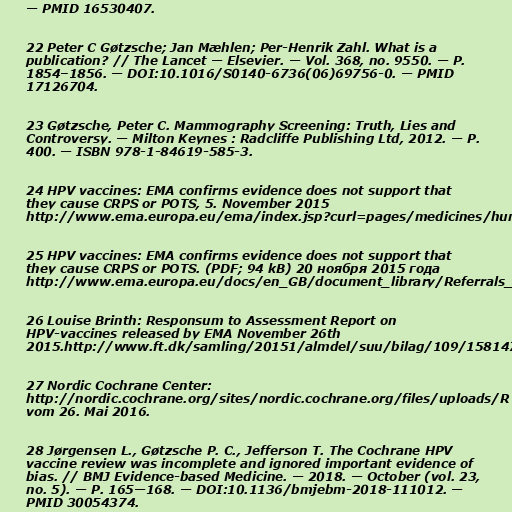
— PMID 16530407.

22 Peter C Gøtzsche; Jan Mæhlen; Per-Henrik Zahl. What is a
publication? // The Lancet — Elsevier. — Vol. 368, no. 9550. — P.
1854–1856. — DOI:10.1016/S0140-6736(06)69756-0. — PMID
17126704.

23 Gøtzsche, Peter C. Mammography Screening: Truth, Lies and
Controversy. — Milton Keynes : Radcliffe Publishing Ltd, 2012. — P.
400. — ISBN 978-1-84619-585-3.

24 HPV vaccines: EMA confirms evidence does not support that
they cause CRPS or POTS, 5. November 2015
http://www.ema.europa.eu/ema/index.jsp?curl=pages/medicines/human/referrals/Human_papillomavirus_vaccines/human_referral_prac_000053.jsp&amp;mid=WC0b01ac05805c516f

25 HPV vaccines: EMA confirms evidence does not support that
they cause CRPS or POTS. (PDF; 94 kB) 20 ноября 2015 года
http://www.ema.europa.eu/docs/en_GB/document_library/Referrals_document/HPV_vaccines_20/Opinion_provided_by_Committee_for_Medicinal_Products_for_Human_Use/WC500196773.pdf

26 Louise Brinth: Responsum to Assessment Report on
HPV-vaccines released by EMA November 26th
2015.http://www.ft.dk/samling/20151/almdel/suu/bilag/109/1581470.pdf

27 Nordic Cochrane Center:
http://nordic.cochrane.org/sites/nordic.cochrane.org/files/uploads/R
vom 26. Mai 2016.

28 Jørgensen L., Gøtzsche P. C., Jefferson T. The Cochrane HPV
vaccine review was incomplete and ignored important evidence of
bias. // BMJ Evidence-based Medicine. — 2018. — October (vol. 23,
no. 5). — P. 165—168. — DOI:10.1136/bmjebm-2018-111012. —
PMID 30054374.